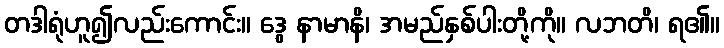
တဒါရုံဟူ၍လည်းကောင်း။ ဒွေ နာမာနိ၊ အမည်နှစ်ပါးတို့ကို။ လဘတိ၊ ရ၏။